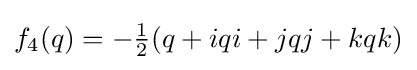
f_{4}(q)=-{\tfrac {1}{2}}(q+iqi+jqj+kqk)